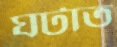
ঘটাত